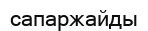
сапаржайды